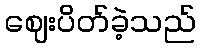
ဈေးပိတ်ခဲ့သည်